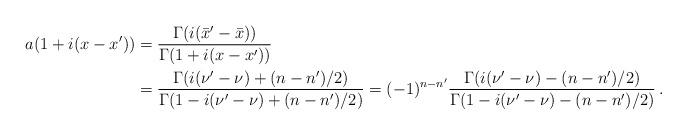
LaTeX: \begin{align*}a(1+i(x-x')) &=\frac{\Gamma(i(\bar x'-\bar x))}{\Gamma(1+i(x-x'))}\\& =\frac{\Gamma(i(\nu'-\nu)+(n-n')/2)}{\Gamma(1-i(\nu'-\nu)+(n-n')/2)} =(-1)^{n-n'}\frac{\Gamma(i(\nu'-\nu)-(n-n')/2)}{\Gamma(1-i(\nu'-\nu)-(n-n')/2)}\,.\end{align*}